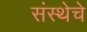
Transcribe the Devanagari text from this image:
संस्‍थेचे